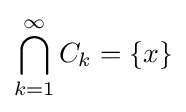
\bigcap _{k=1}^{\infty }C_{k}=\{x\}